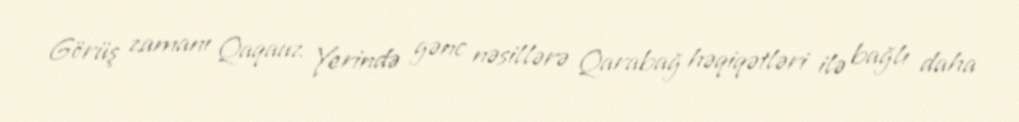
Görüş zamanı Qaqauz Yerində gənc nəsillərə Qarabağ həqiqətləri ilə bağlı daha